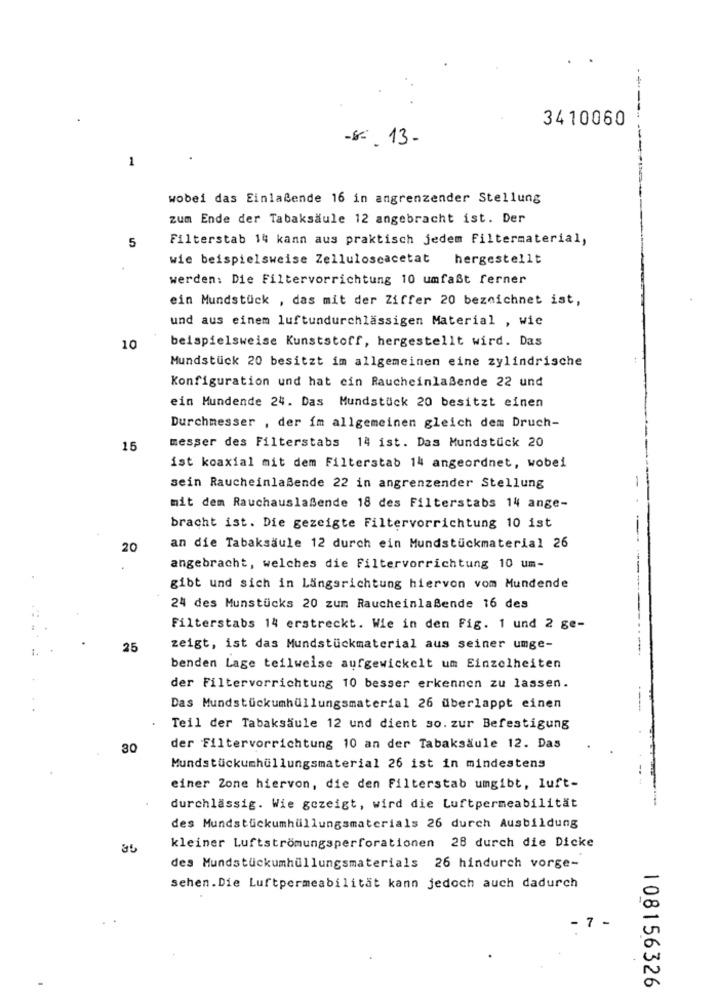
3410060
-8º. 13-
1
wobei das Einlaßende 16 in angrenzender Stellung
zum Ende der Tabaksäule 12 angebracht ist. Der
Filterstab 14 kann aus praktisch jedem Filtermaterial,
5
wie beispielsweise Zelluloseacetat hergestellt
werden: Die Filtervorrichtung 10 umfaßt ferner
ein Mundstück , das mit der Ziffer 20 bezeichnet ist,
und aus einem luftundurchlässigen Material , wie
beispielsweise Kunststoff, hergestellt wird. Das
10
Mundstück 20 besitzt im allgemeinen eine zylindrische
Konfiguration und hat cin Raucheinlaßende 22 und
ein Mundende 24. Das Mundstück 20 besitzt einen
Durchmesser , der im allgemeinen gleich dem Druch-
messer des Filterstabs 14 ist. Das Mundstück 20
15
ist koaxial mit dem Filterstab 14 angeordnet, wobei
sein Raucheinlaßende 22 in angrenzender Stellung
mit dem Rauchauslaßende 18 des Filterstabs 14 ange-
bracht ist. Die gezeigte Filtervorrichtung 10 ist
20
an die Tabaksäule 12 durch ein Mundstückmaterial 26
angebracht, welches die Filtervorrichtung 10 um-
gibt und sich in Längsrichtung hiervon vom Mundende
24 des Munstücks 20 zum Raucheinlaßende 16 des
Filterstabs 14 erstreckt. Wie in den Fig. 1 und 2 ge-
25
zeigt, ist das Mundstückmaterial aus seiner umge-
benden Lage teilweise aufgewickelt um Einzelheiten
der Filtervorrichtung 10 besser erkennen zu lassen.
Das Mundstückumhüllungsmaterial 26 überlappt einen
---
Teil der Tabaksäule 12 und dient so. zur Befestigung
30
der Filtervorrichtung 10 an der Tabaksäule 12. Das
Mundstückumhüllungsmaterial 26 ist in mindestens
einer Zone hiervon, die den Filterstab umgibt, luft-
durchlässig. Wie gezeigt, wird die Luftpermeabilität
des Mundstückumhüllungsmaterials 26 durch Ausbildung
kleiner Luftströmungsperforationen 28 durch die Dicke
des Mundstückumhüllungsmaterials 26 hindurch vorge-
sehen.Die Luftpermeabilität kann jedoch auch dadurch
- 7 -
108156326